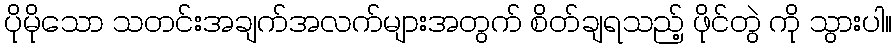
ပိုမိုသော သတင်းအချက်အလက်များအတွက် စိတ်ချရသည့် ဖိုင်တွဲ ကို သွားပါ။